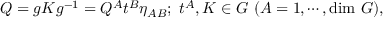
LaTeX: Q = g K g ^ { - 1 } = Q ^ { A } t ^ { B } \eta _ { A B } ; ~ t ^ { A } , K \in { \cal G } ~ ( A = 1 , \cdots , \mathrm { d i m } ~ { \cal G } ) ,